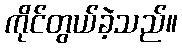
ကိုင်တွယ်ခဲ့သည်။